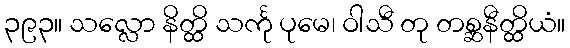
၃၉၃။ သလ္လော နိတ္ထိ သင်္ကု ပုမေ၊ ဝါသီ တု တစ္ဆနီတ္ထိယံ။